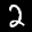
Label: 2